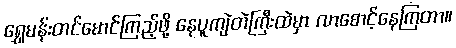
ရွှေမန်းတင်မောင်ကြည့်ဖို့ နေပူကျဲတဲကြီးထဲမှာ လာစောင့်နေကြတာ။